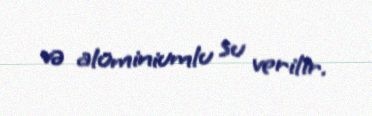
və alüminiumlu su verilir.